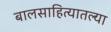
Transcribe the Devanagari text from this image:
बालसाहित्यातल्या